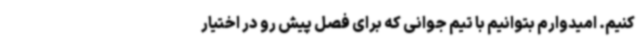
کنیم. امیدوارم بتوانیم با تیم جوانی که برای فصل پیش رو در اختیار